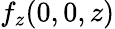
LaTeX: f_{z}(0,0,z)